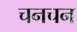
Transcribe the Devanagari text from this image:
चनचन